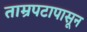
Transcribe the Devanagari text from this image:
ताम्रपटापासून